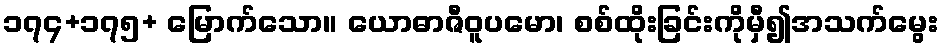
၁၇၄+၁၇၅+ မြောက်သော။ ယောဓာဇီဝူပမော၊ စစ်ထိုးခြင်းကိုမှီ၍အသက်မွေး